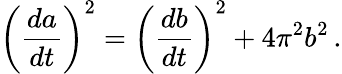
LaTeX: \left({\frac{da}{dt}}\right)^{2}=\left({\frac{db}{dt}}\right)^{2}+4\pi^{2}b^{2}\, .